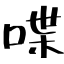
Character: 喋